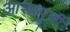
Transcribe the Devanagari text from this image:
आशापूर्णी